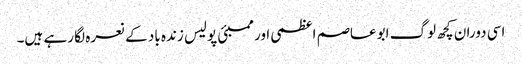
اسی دوران کچھ لوگ ابوعاصم اعظمی اور ممبئی پولیس زندہ باد کے نعرہ لگا رہے ہیں۔